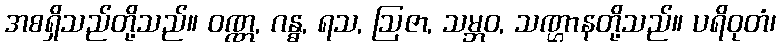
အစရှိသည်တို့သည်။ ဝဏ္ဏ, ဂန္ဓ, ရသ, ဩဇာ, သမ္ဘဝ, သဏ္ဌာနတို့သည်။ ပရိဝုတံ၊